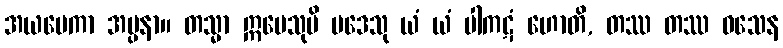
အယမေကာ အပ္ပနာ။ တသ္မာ ဣမေသုပိ ပဒေသု ယံ ယံ ပါကဋံ ဟောတိ, တဿ တဿ ဝသေန